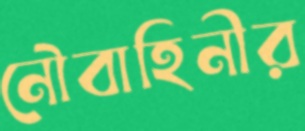
নৌবাহিনীর